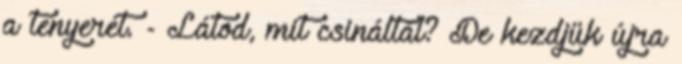
a tenyerét. - Látod, mit csináltál? De kezdjük újra